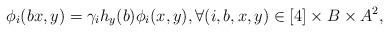
LaTeX: \begin{align*}\phi_i(bx,y)=\gamma_ih_y(b)\phi_i(x,y),\forall (i,b,x,y)\in[4]\times B\times A^2,\end{align*}